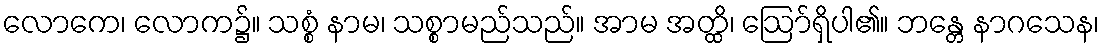
လောကေ၊ လောက၌။ သစ္စံ နာမ၊ သစ္စာမည်သည်။ အာမ အတ္ထိ၊ ဩော်ရှိပါ၏။ ဘန္တေ နာဂသေန၊